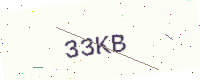
Text: 33KB